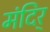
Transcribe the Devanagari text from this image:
मंदिर्